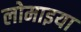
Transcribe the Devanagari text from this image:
लोमाइया